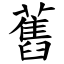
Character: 舊